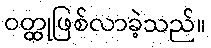
ဝတ္ထုဖြစ်လာခဲ့သည်။